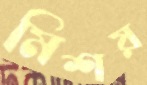
মিশয়